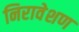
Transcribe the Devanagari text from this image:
निरावेशण